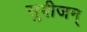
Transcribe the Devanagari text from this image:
सुबीजम्